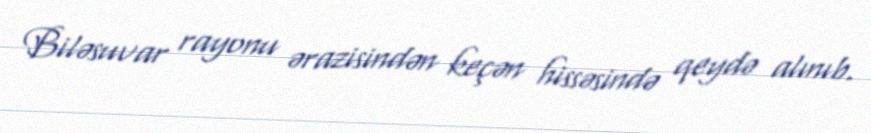
Biləsuvar rayonu ərazisindən keçən hissəsində qeydə alınıb.